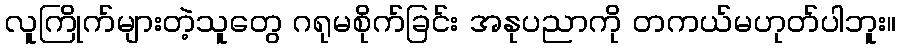
လူကြိုက်များတဲ့သူတွေ ဂရုမစိုက်ခြင်း အနုပညာကို တကယ်မဟုတ်ပါဘူး။